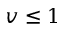
v \le 1